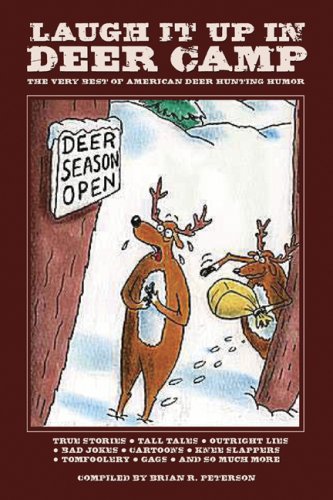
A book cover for Laugh It Up in Deer Camp: The Very Best of American Deer Hunting Humor; Brian R. Peterson; Humor & Entertainment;